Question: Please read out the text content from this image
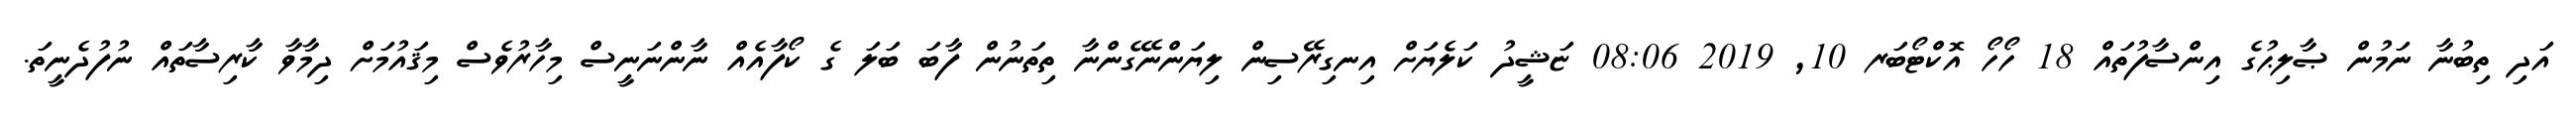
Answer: އަދި ތިބުނާ ނަމުން ޞާލިޙުގެ އިންސާފުތައް 18 ހޯހޯ އޮކްޓޯބަރ 10, 2019 08:06 ޏަޝީދު ކަލެޔަށް އިނގިރޭސިން ލިޔަންނޭގެންނާ ތިތަނުން ފާބަ ބަލަ ގެ ކޯފާއެއް ނާންނަނީސް މިހާރުވެސް މިޤައުމަށް ދިމާވާ ކާރިސާތައް ނުފުދެނީތަ.